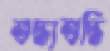
শুদ্ধ্যশুদ্ধি